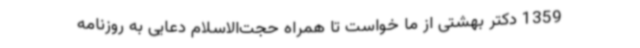
1359 دکتر بهشتی از ما خواست تا همراه حجت‌الاسلام دعایی به روزنامه